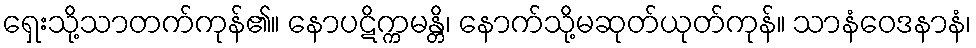
ရှေးသို့သာတက်ကုန်၏။ နောပဋိက္ကမန္တိ၊ နောက်သို့မဆုတ်ယုတ်ကုန်။ သာနံဝေဒနာနံ၊